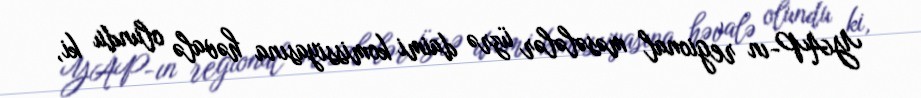
YAP-ın regional məsələlər üzrə daimi komissiyasına həvalə olundu ki,